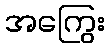
အကြွေး